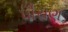
પૌરાણ